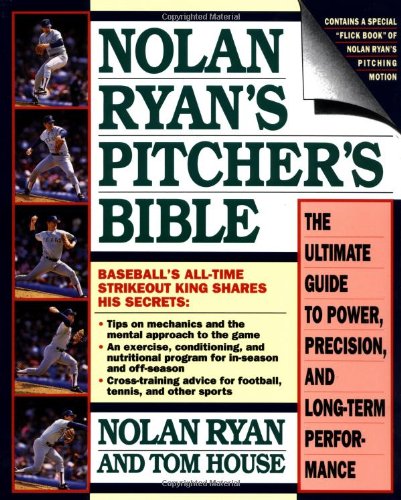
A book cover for Nolan Ryan's Pitcher's Bible: The Ultimate Guide to Power, Precision, and Long-Term Performance; Tom House; Reference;